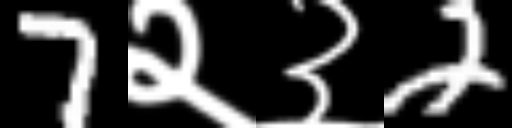
Text: 7२३2